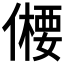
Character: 𠏕